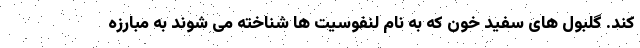
کند. گلبول های سفید خون که به نام لنفوسیت ها شناخته می شوند به مبارزه